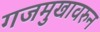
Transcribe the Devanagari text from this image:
गजमुखावरुन